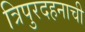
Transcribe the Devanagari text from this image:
त्रिपुरदहनाची